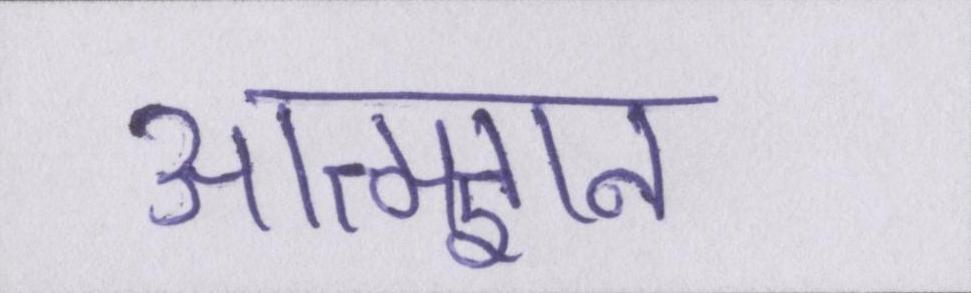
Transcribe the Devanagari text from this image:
आत्मज्ञान